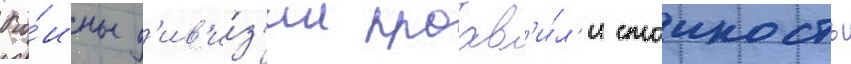
Во́ины д'ив'и́з'ии проав'и́л'и стоикость